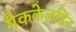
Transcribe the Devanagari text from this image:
मैककेलडिन